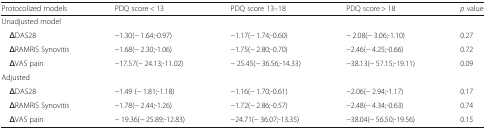
| Protocolized models | PDQ score < 13 | PDQ score 13–18 | PDQ score > 18 | p value |
 | --- | --- | --- | --- | --- |
 | <COLSPAN=5> Unadjusted model |
 | ΔDAS28 | −1.30(− 1.64;-0.97) | −1.17(− 1.74;-0.60) | − 2.08(− 3.06;-1.10) | 0.27 |
 | ΔRAMRIS Synovitis | −1.68(− 2.30;-1.06) | −1.75(− 2.80;-0.70) | −2.46(− 4.25;-0.66) | 0.72 |
 | ΔVAS pain | −17.57(− 24.13;-11.02) | − 25.45(− 36.56;-14.33) | −38.13(− 57.15;-19.11) | 0.09 |
 | <COLSPAN=5> Adjusted |
 | ΔDAS28 | −1.49 (− 1.81;-1.18) | −1.16(− 1.70;-0.61) | −2.06(− 2.94;-1.17) | 0.17 |
 | ΔRAMRIS Synovitis | −1.78(− 2.44;-1.26) | −1.72(− 2.86;-0.57) | −2.48(− 4.34;-0.63) | 0.74 |
 | ΔVAS pain | − 19.36(− 25.89;-12.83) | −24.71(− 36.07;-13.35) | −38.04(− 56.50;-19.56) | 0.15 |